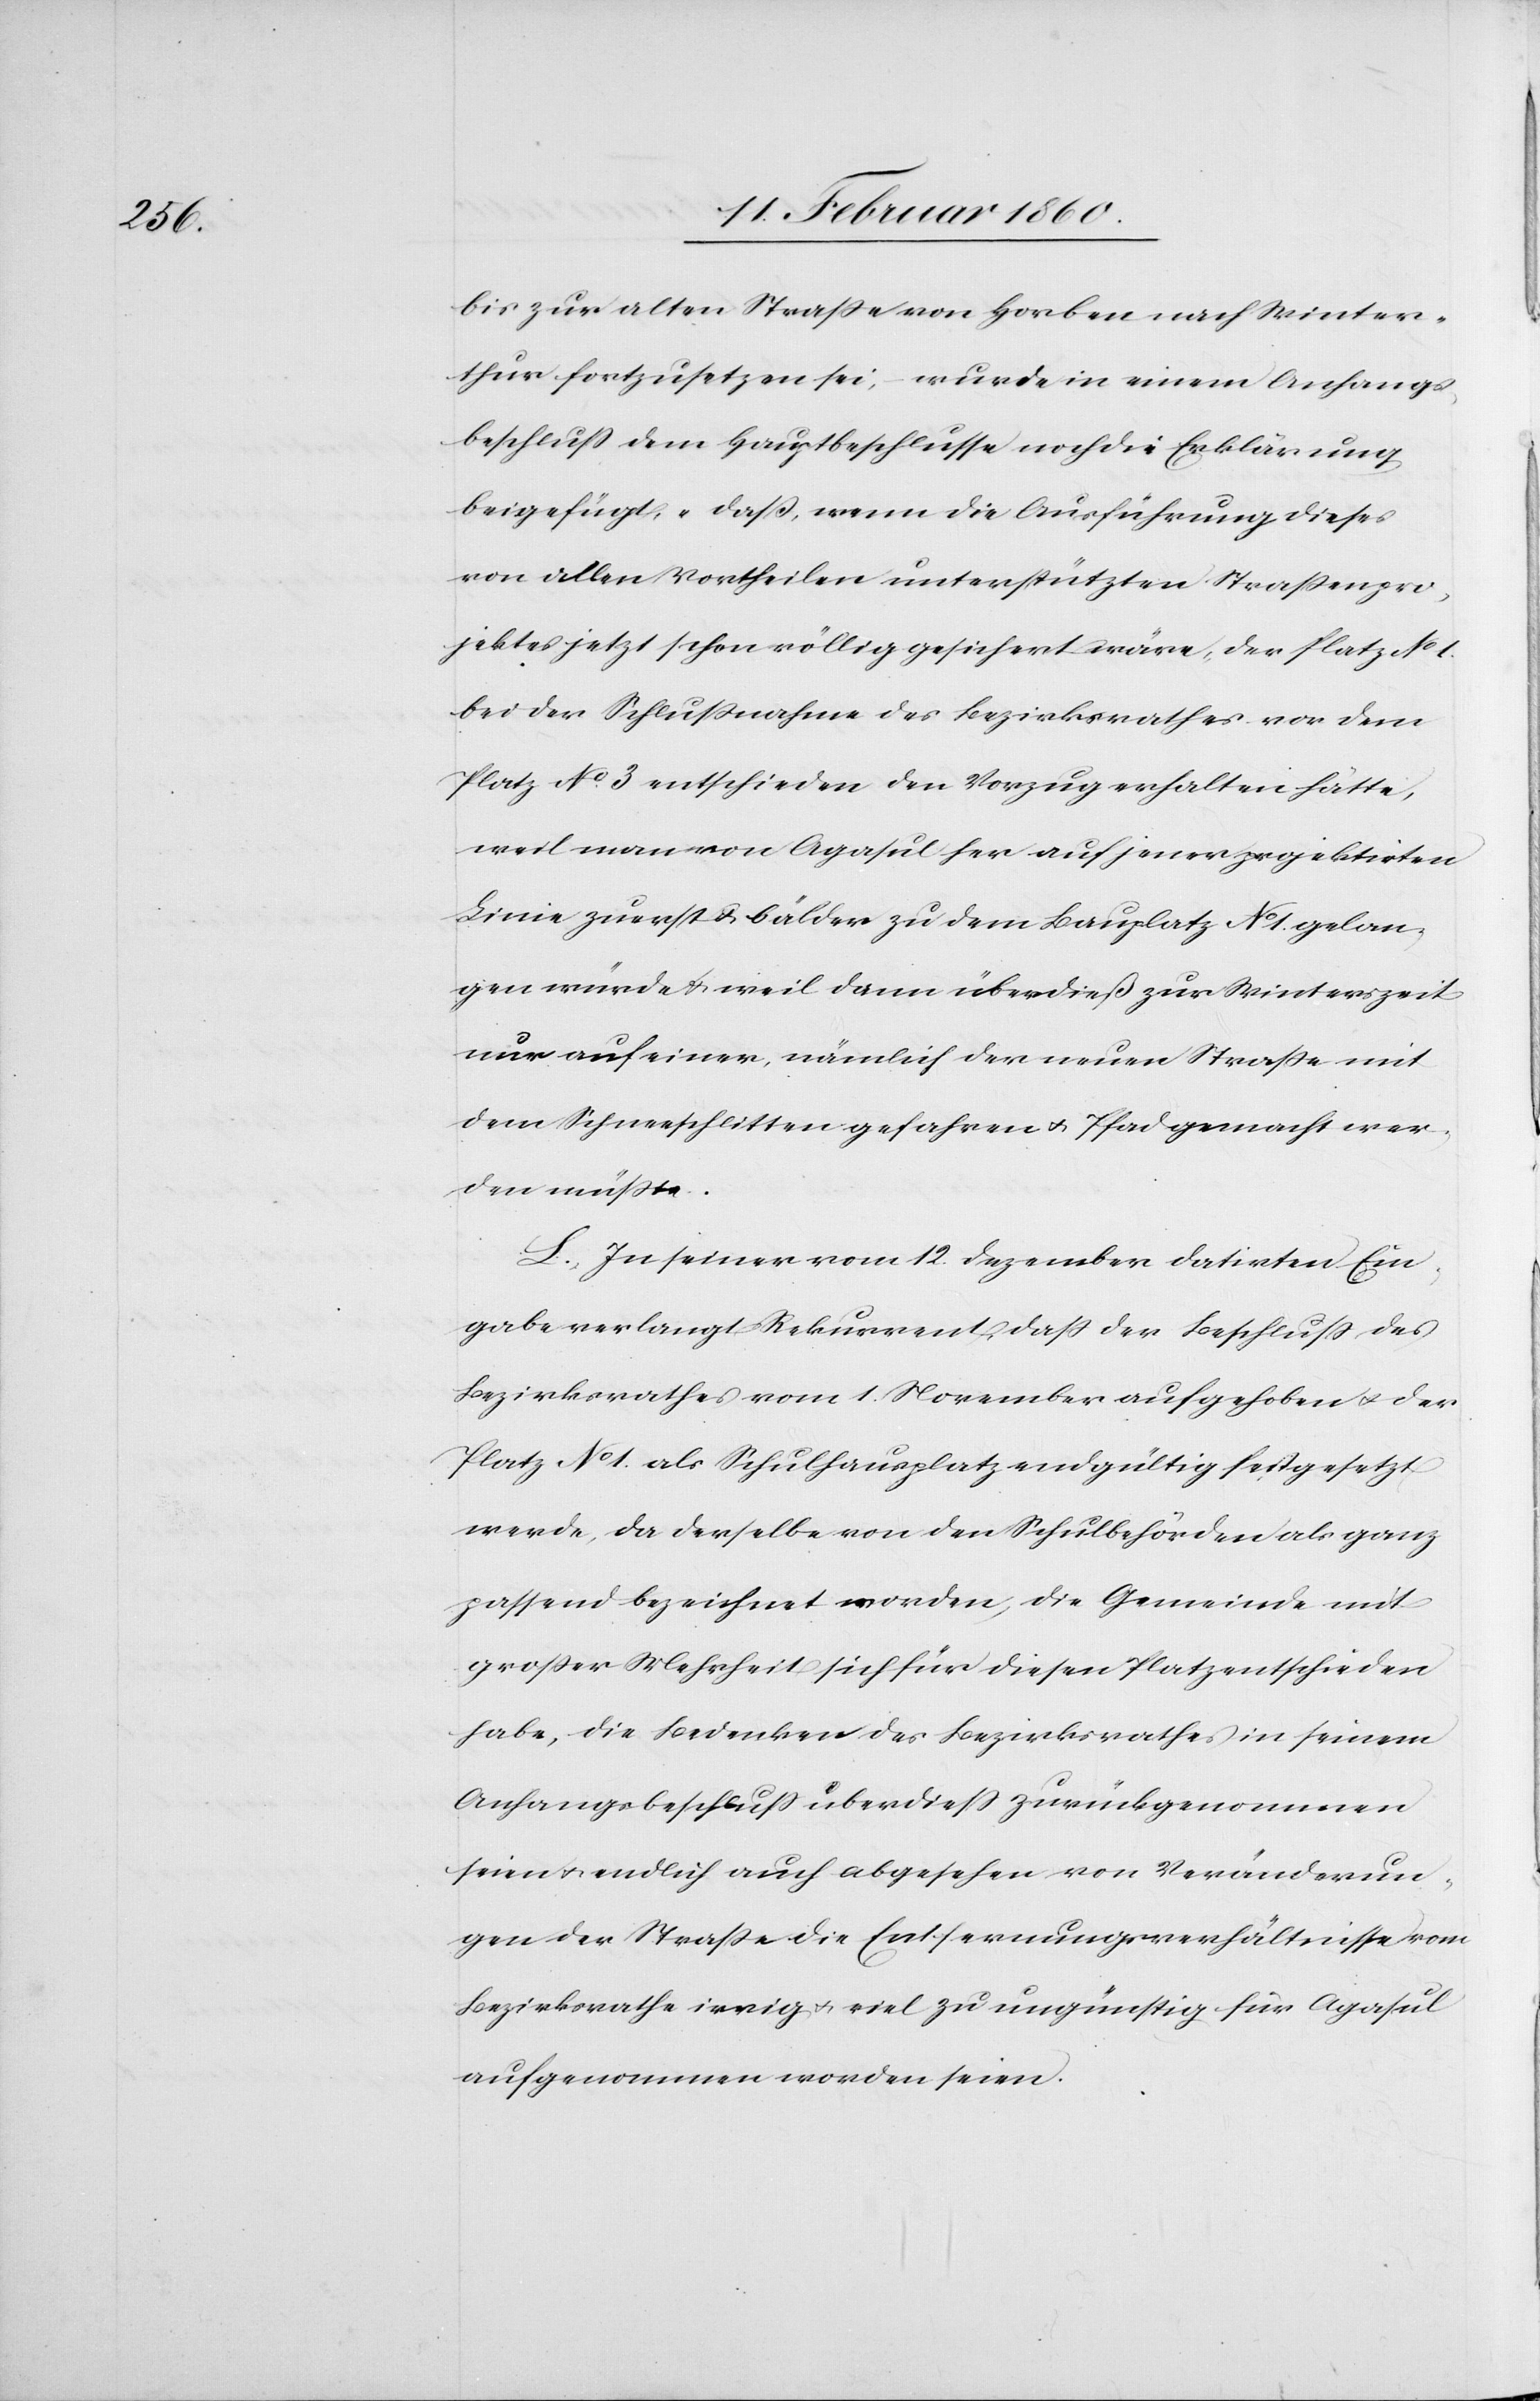
bis zur alten Strasse von Horben nach Winter¬
thur fortzusetzen sei, wurde in einem Anfangs¬
beschluss dem Hauptbeschlusse noch die Erklärung
beigefügt: „Dass, wenn die Ausführung dieses
von allen Vortheilen unterstützten Strassenpro¬
jektes jetzt schon völlig gesichert wäre, der Platz No 1.
bei der Schlussnahme des Bezirksrathes vor dem
Platz No 3. entschieden den Vorzug erhalten hätte,
weil man von Agasul her auf jener projektirten
Linie zuerst u. bälder zu dem Bauplatz No 1. gelan¬
gen würde u. weil dann überdieß zur Winterzeit
nur auf einer, nämlich der neuen Strasse mit
dem Schneeschlitten gefahren u. Pfad gemacht wer¬
den müsste.[“]
L. In seiner vom 12. Dezember datirten Ein¬
gabe verlangt Rekurrent, dass der Beschluss des
Bezirksrathes vom 1. November aufgehoben u. der
Platz No 1 als Schulhausplatz endgültig festgesetzt
werde, da derselbe von den Schulbehörden als ganz
passend bezeichnet worden, die Gemeinde mit
grosser Mehrheit sich für diesen Platz entschieden
habe, die Bedenken des Bezirksrathes in seinem
Anfangsbeschluss überdiess zurückgenommen
seien u. endlich auch abgesehen von Veränderun¬
gen der Strasse die Entfernungsverhältnisse vom
Bezirksrathe irrig u. viel zu ungünstig für Agasul
aufgenommen worden seien.